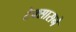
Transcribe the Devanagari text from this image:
टेक्सासने